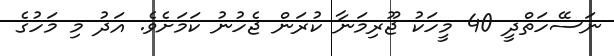
ނަސޭހަތްދީ 40 މީހަކު ޖޫރިމަނާ ކުރަން ޖެހުނު ކަމަށެވެ. އަދު މި މަހުގެ